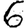
Digit: 6